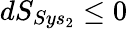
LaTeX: dS_{Sys_{2}}\leq 0